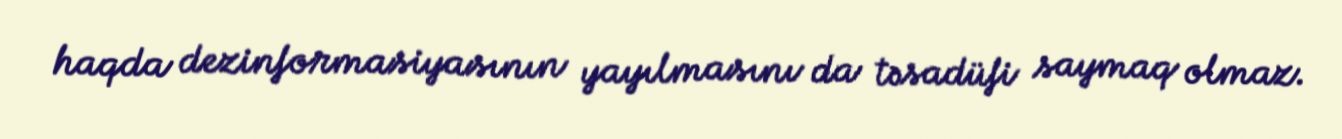
haqda dezinformasiyasının yayılmasını da təsadüfi saymaq olmaz.